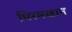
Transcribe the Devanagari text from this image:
पिरमखान